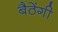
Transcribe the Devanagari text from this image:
बैठेंगी